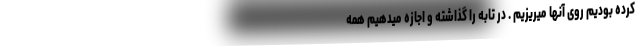
کرده بودیم روی آنها میریزیم . در تابه را گذاشته و اجازه میدهیم همه